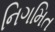
નિગમિત